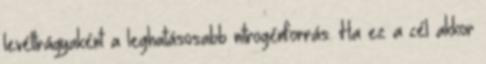
levéltrágyaként a leghatásosabb nitrogénforrás. Ha ez a cél akkor